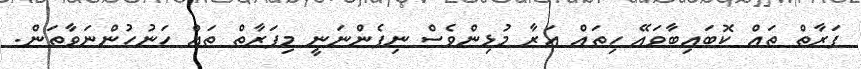
ފަރާތް ތައް ކޮބައިބާވައޭ ހިތައް އަރާ މުޅިންވެސް ނިފެންނަނީ މިފަރާތް ތައް ހަނުހުންނަވާތަން.